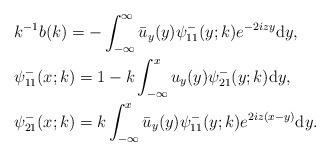
LaTeX: \begin{align*}&k^{-1} b(k)=- \int_{-\infty}^{\infty} \bar{u}_y(y) \psi^-_{11}(y;k) e^{-2iz y}\mathrm{d}y,\\&\psi^-_{11}(x;k)=1-k \int_{-\infty}^{x} u_y(y) \psi^-_{21}(y;k) \mathrm{d}y, \\&\psi^-_{21}(x;k)=k \int_{-\infty}^{x} \bar{u}_y(y) \psi^-_{11}(y ; k) e^{2iz(x-y)} \mathrm{d}y.\end{align*}